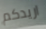
اريدكم